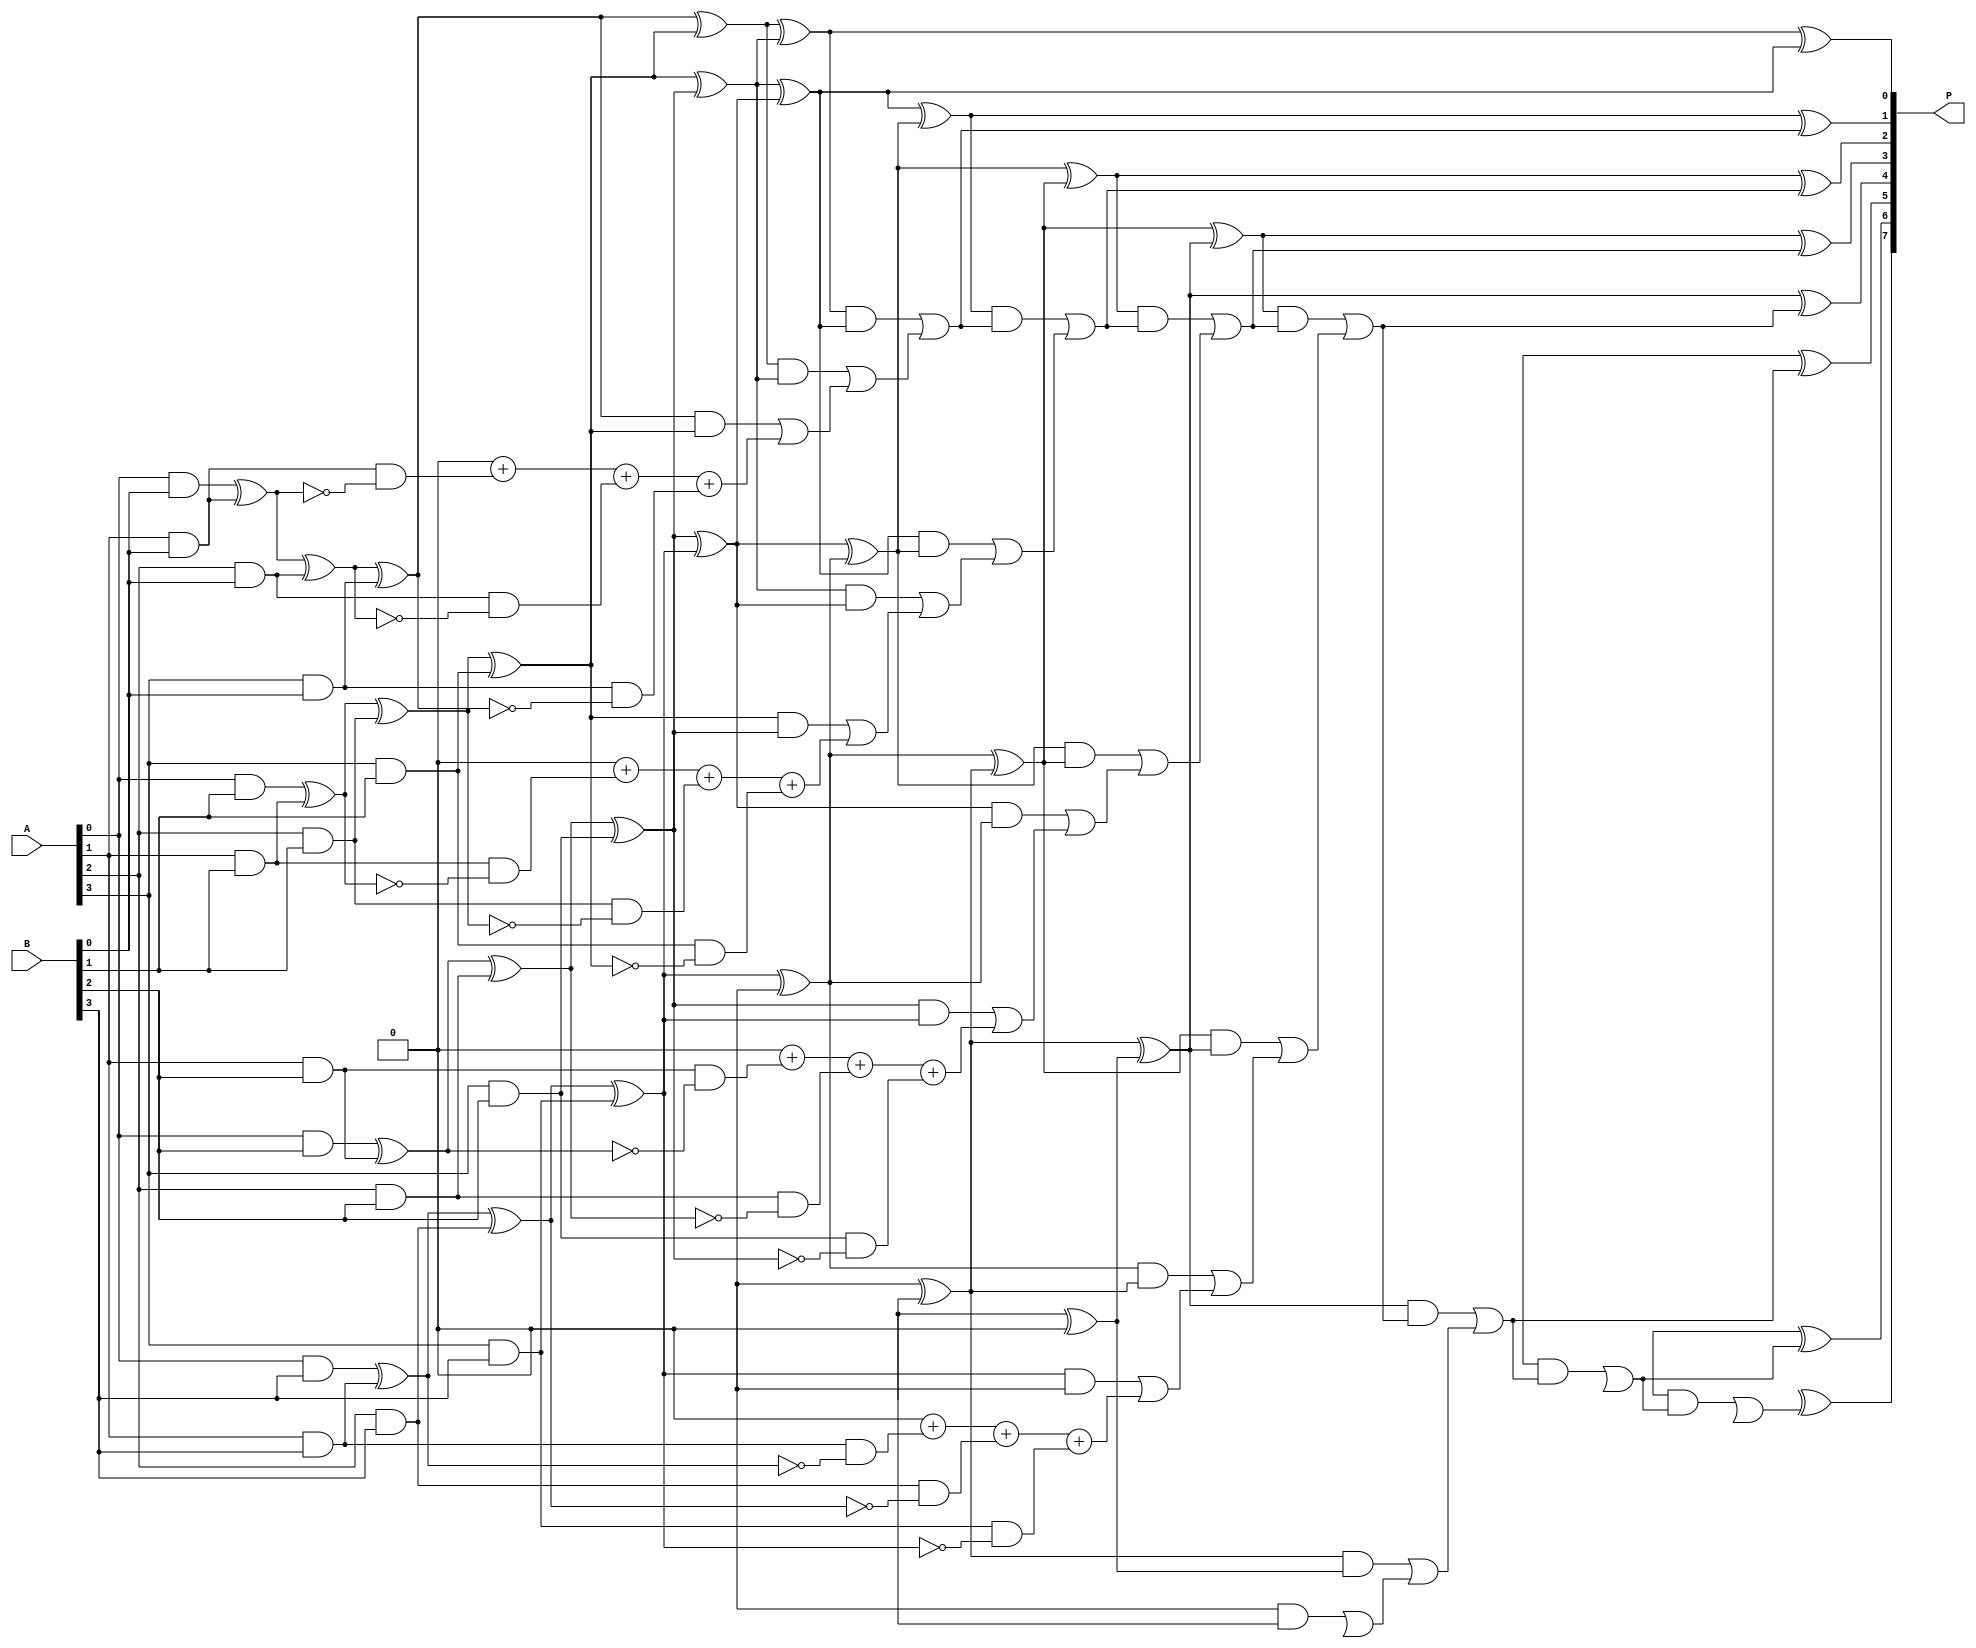
module wallace_tree_multiplier #(parameter N = 4) (
    input  wire [N-1:0] A,  // First operand
    input  wire [N-1:0] B,  // Second operand
    output wire [2*N-1:0] P // Product output
);
    // Generate partial products
    wire [N-1:0] pp[N-1:0]; // Partial products array
    genvar i, j;
    generate
        for (i = 0; i < N; i = i + 1) begin : pp_gen
            for (j = 0; j < N; j = j + 1) begin : pp_bit
                assign pp[i][j] = A[i] & B[j];
            end
        end
    endgenerate

    // Wallace Tree Reduction
    wire [N+(N-1):0] sum[N-1:0]; // Sums for each stage
    wire [N+(N-1):0] carry[N-1:0]; // Carries for each stage

    // Stage 0 - first level reduction
    generate
        for (i = 0; i < N; i = i + 1) begin : stage0
            assign sum[0][i] = pp[0][i]; // The first partial product
            assign carry[0][i] = 0; // Initialize carry to 0
            for (j = 1; j < N; j = j + 1) begin
                if (i < N) begin
                    assign sum[0][i] = sum[0][i] ^ pp[j][i]; // XOR for sum
                    assign carry[0][i] = carry[0][i] + (pp[j][i] & ~sum[0][i]); // Carry
                end
            end
        end
    endgenerate

    // Subsequent stages (using half and full adders)
    genvar k;
    generate
        for (k = 0; k < N-1; k = k + 1) begin : reduction_stage
            for (i = 0; i < N + (N-1 - k); i = i + 1) begin
                if (i < N + (N-1 - k - 1)) begin
                    // Half adder for two inputs
                    assign sum[k+1][i] = sum[k][i] ^ sum[k][i+1];
                    assign carry[k+1][i] = (sum[k][i] & sum[k][i+1]) | carry[k][i];
                end else if (i == N + (N-1 - k - 1)) begin
                    // Carry propagation
                    assign sum[k+1][i] = sum[k][i];
                    assign carry[k+1][i] = carry[k][i];
                end
            end
        end
    endgenerate

    // Final addition stage
    wire [2*N-1:0] final_sum;
    wire [2*N-1:0] final_carry;

    // Using a simple ripple carry adder for final addition
    assign final_sum[0] = sum[N-1][0];
    assign final_carry[0] = carry[N-1][0];

    generate
        for (i = 1; i < 2*N; i = i + 1) begin : final_add
            assign final_sum[i] = sum[N-1][i] ^ final_carry[i-1];
            assign final_carry[i] = (sum[N-1][i] & final_carry[i-1]) | carry[N-1][i];
        end
    endgenerate

    // Assign output
    assign P = final_sum; // Final product output

endmodule